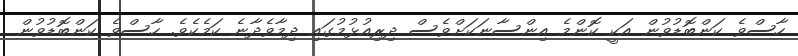
ހާސްވެ ކަންބޮޑުވުން އަކީ ކޮންމެ އިންސާނަކަށްވެސް ދިރިއުޅުމުގައި ދިމާވެދާނެ ކަމެކެވެ. ހާސްވެ ކަންބޮޑުވުން